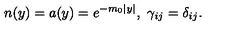
n ( y ) = a ( y ) = e ^ { - m _ { 0 } | y | } , \ \gamma _ { i j } = \delta _ { i j } .